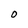
Character: O